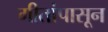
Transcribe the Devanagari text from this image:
गीतांपासून